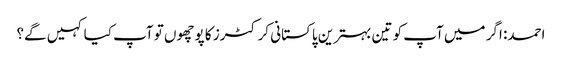
احمد: اگر میں آپ کو تین بہترین پاکستانی کرکٹرز کا پوچھوں تو آپ کیا کہیں گے؟